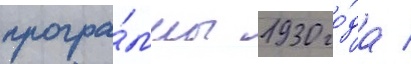
програ́ммы 1930 го́да /